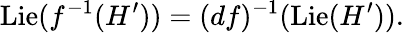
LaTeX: \operatorname{Lie}(f^{-1}(H^{\prime}))=(df)^{-1}(\operatorname{Lie}(H^{\prime})).